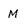
Character: M